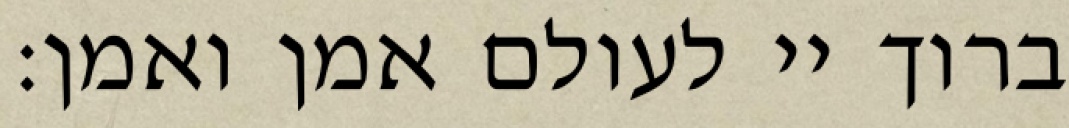
ברוך יי לעולם אמן ואמן: